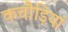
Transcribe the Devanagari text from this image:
कचौड़ियां